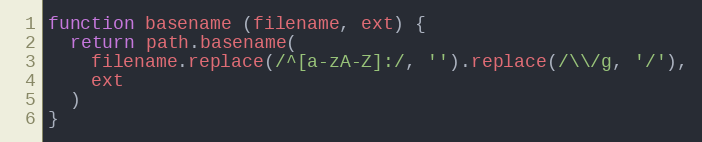
Language: JavaScript
function basename (filename, ext) {
  return path.basename(
    filename.replace(/^[a-zA-Z]:/, '').replace(/\\/g, '/'),
    ext
  )
}